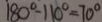
1 8 0 ^ { \circ } - 1 1 0 ^ { \circ } = 7 0 ^ { \circ }